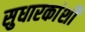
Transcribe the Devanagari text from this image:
सुधारकांशी